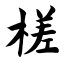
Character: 槎